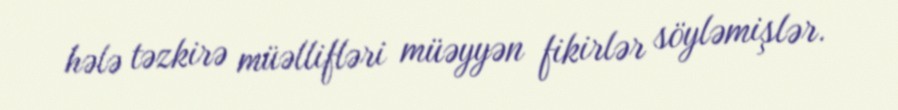
hələ təzkirə müəllifləri müəyyən fikirlər söyləmişlər.